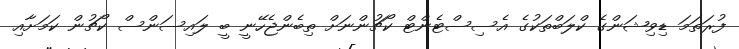
ފުރަތަމަ ޑިވިޝަންގެ ކްލަބްތަކުގެ އެސިސްޓެންޓް ކޯޗުންނަށް ތިބެންޖެހޭނީ ބީ ލައިސަންސް ކޯޗުން ކަމަށާއި